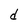
Character: d